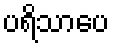
ပရိသာပေ